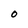
Character: 0